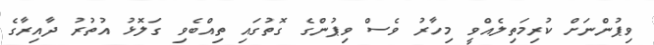
ވިޕުންނަށް ކުރިމަތިލެއްވީ މިހާރު ވެސް ވިޕުންގެ ގޮތުގައި ތިއްބެވި ގަލޮޅު އުތުރު ދާއިރާގެ